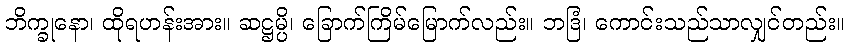
ဘိက္ခုနော၊ ထိုရဟန်းအား။ ဆဋ္ဌမ္ပိ၊ ခြောက်ကြိမ်မြောက်လည်း။ ဘဒြံ၊ ကောင်းသည်သာလျှင်တည်း။